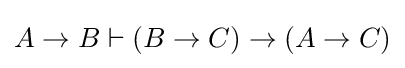
A\to B\vdash (B\to C)\to (A\to C)